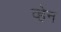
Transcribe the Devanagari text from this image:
व्‍हेन